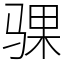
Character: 骒